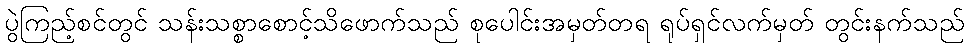
ပွဲကြည့်စင်တွင် သန်းသစ္စာစောင့်သိဖောက်သည် စုပေါင်းအမှတ်တရ ရုပ်ရှင်လက်မှတ် တွင်းနက်သည်